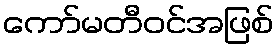
ကော်မတီဝင်အဖြစ်